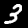
Digit: 3